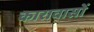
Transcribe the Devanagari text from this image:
कारावासों